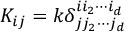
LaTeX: K _ { i j } = k \delta _ { j j _ { 2 } \cdots j _ { d } } ^ { i i _ { 2 } \cdots i _ { d } } \,